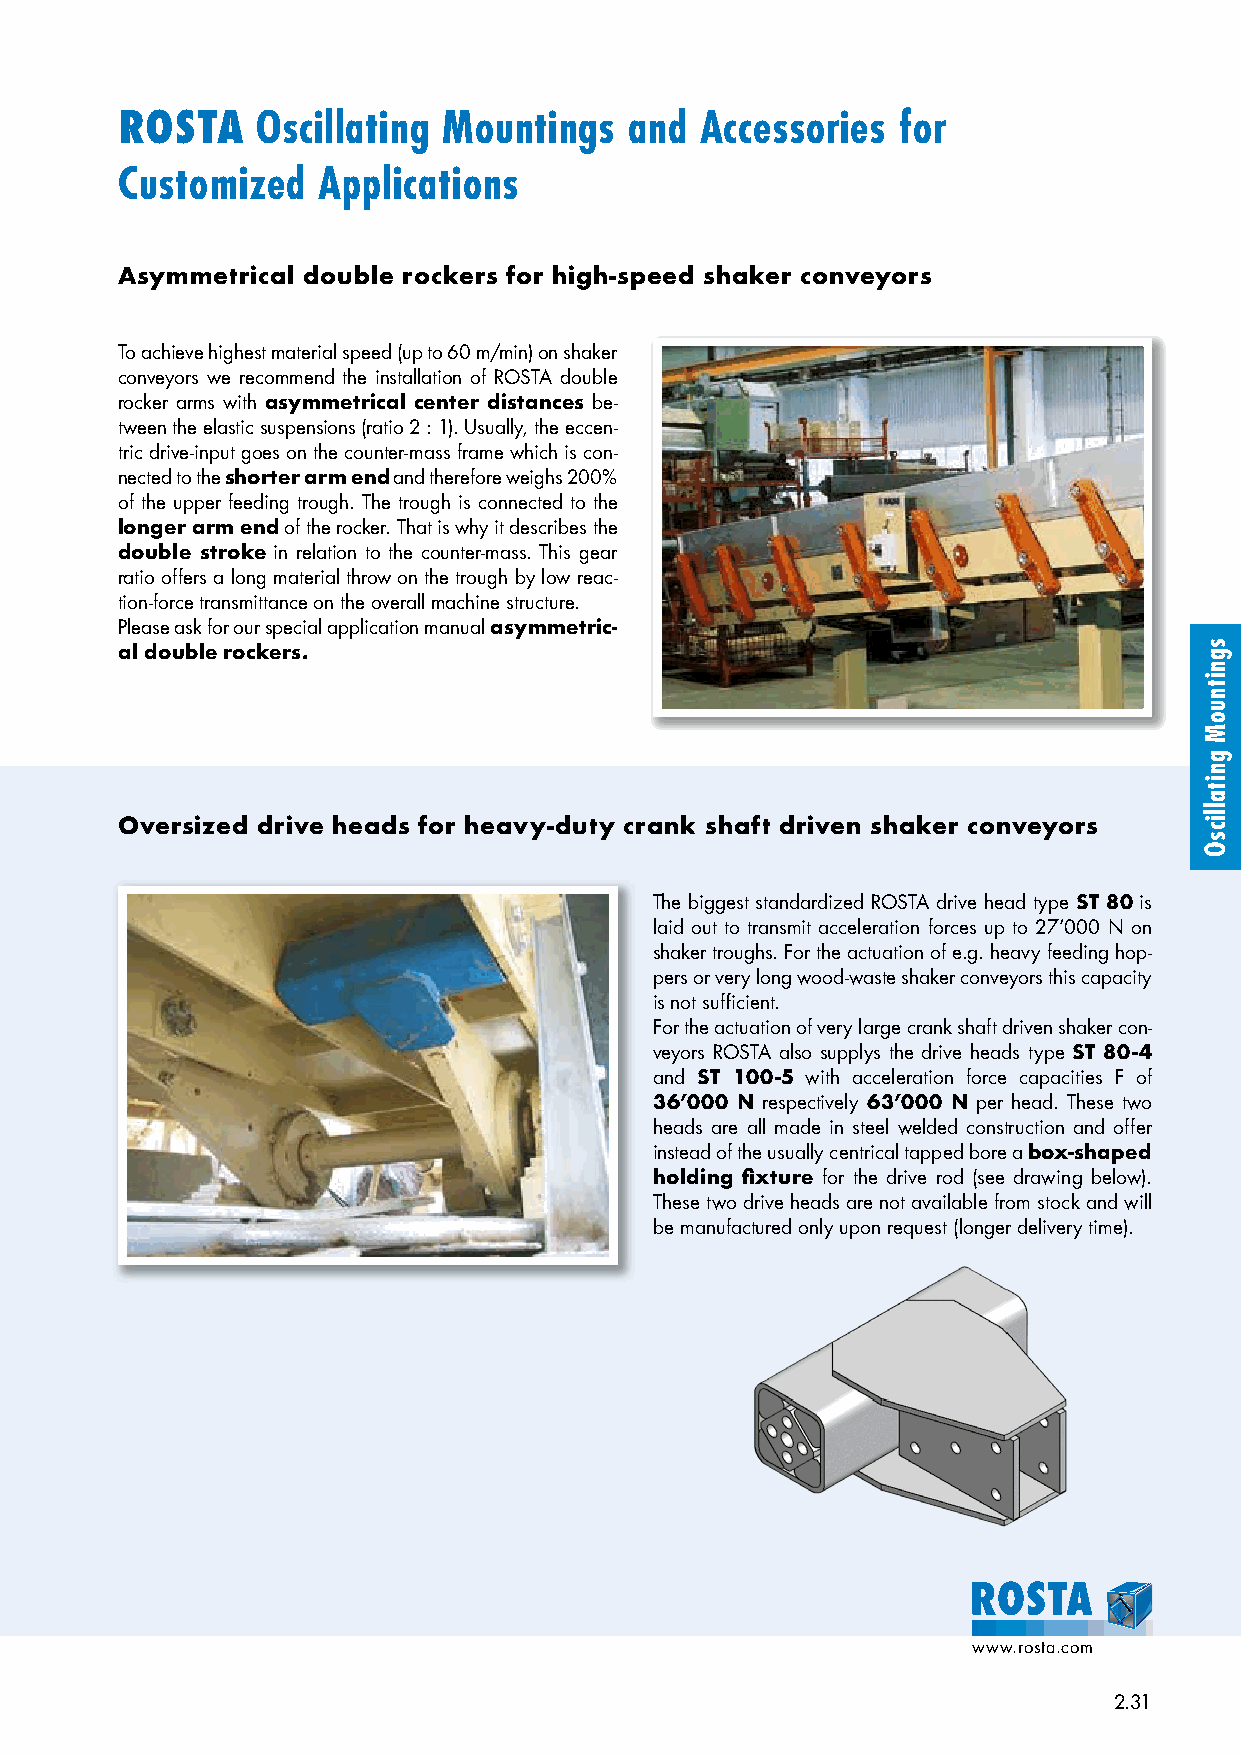
ROSTA    Oscillating Mountings    and Accessories   for
 Customized   Applications
 Asymmetrical double rockers for high-speed shaker conveyors
 To achieve highest material speed (up to 60 m/min) on shaker
 conveyors we recommend the installation of ROSTA double
 rocker arms with asymmetrical center distances be-
 tween the elastic suspensions (ratio 2 : 1). Usually, the eccen-
 tric drive-input goes on the counter-mass frame which is con-
 nected to the shorter arm end and therefore weighs 200%
 of the upper feeding trough. The trough is connected to the
 longer arm end of the rocker. That is why it describes the
 double stroke in relation to the counter-mass. This gear
 ratio offers a long material throw on the trough by low reac-
 tion-force transmittance on the overall machine structure.
 Please ask for our special application manual asymmetric-
 al double rockers.
 Oversized drive heads for heavy-duty crank shaft driven shaker conveyors
 The biggest standardized ROSTA drive head type ST 80 is
 laid out to transmit acceleration forces up to 27’000 N on
 shaker troughs. For the actuation of e.g. heavy feeding hop-
 pers or very long wood-waste shaker conveyors this capacity
 is not sufficient.
 For the actuation of very large crank shaft driven shaker con-
 veyors ROSTA also supplys the drive heads type ST 80-4
 and ST 100-5 with acceleration force capacities F of
 36’000 N respectively 63’000 N per head. These two
 heads are all made in steel welded construction and offer
 instead of the usually centrical tapped bore a box-shaped
 holding fixture for the drive rod (see drawing below).
 These two drive heads are not available from stock and will
 be manufactured only upon request (longer delivery time).
 www.rosta.com
 2.31
 sgnitnuoM
 gnitallicsO